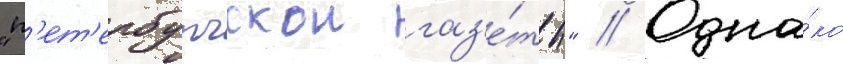
"п'ет'ербургскои газ'е́ты" // Одна́ко